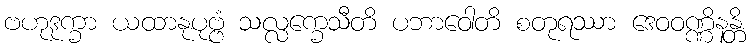
ဗဟုဒုက္ခာ ယထာနုပုဗ္ဗံ သလ္လက္ခေသီတိ ပဘာဝေါတိ စတုရဿာ ဒေဝဝဏ္ဏိနန္တိ